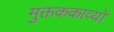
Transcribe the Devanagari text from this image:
मुक्तककाव्यों